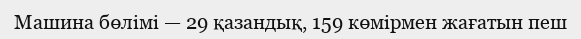
Машина бөлімі — 29 қазандық, 159 көмірмен жағатын пеш